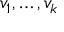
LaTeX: v _ { 1 } , \dots , v _ { k }